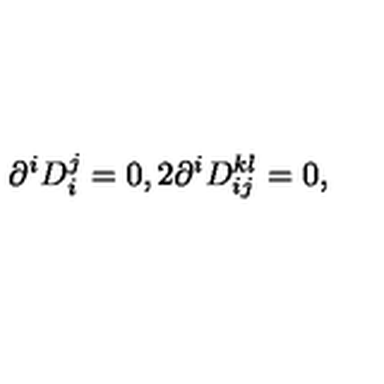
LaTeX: \partial ^ { i } D _ { i } ^ { j } = 0 , 2 \partial ^ { i } D _ { i j } ^ { k l } = 0 ,